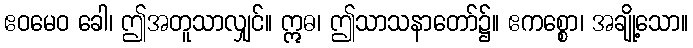
ဧဝမေဝ ခေါ၊ ဤအတူသာလျှင်။ ဣဓ၊ ဤသာသနာတော်၌။ ဧကစ္စော၊ အချို့သော။